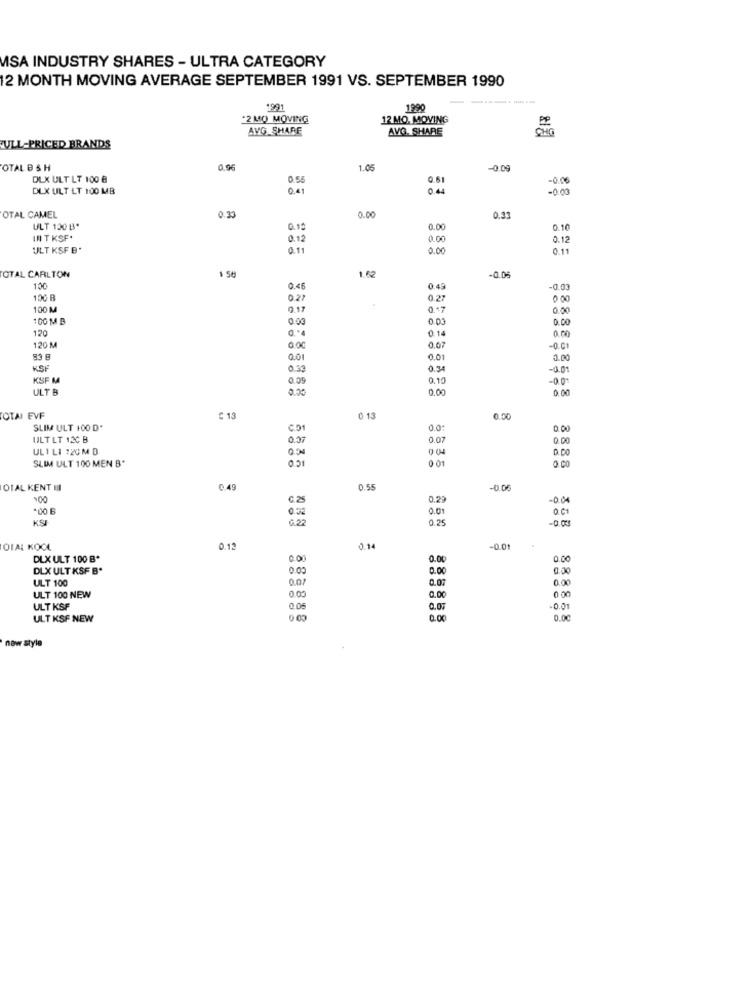
MISA INDUSTRY SHARES - ULTRA CATEGORY
12 MONTH MOVING AVERAGE SEPTEMBER 1991 VS. SEPTEMBER 1990
1991
1990
"2 MO MOVING
12 MO. MOVING
AVG SHARE
AVG. SHARE
ULL-PRICED BRANDS
OTAL B & H
0.96
1.05
0.09
DLX ULT LT 100 €
0.51
-0.00
DLX ULT LT 100 MB
0.41
-0.00
2.33
OTAL CAMEL
0.00
0,33
ULT 130 B*
0.1ª
0.00
0.10
IN T KSF.
0.12
0.00
0.12
ULT KSF B.
0.11
0.00
0.11
OTAL CARLTON
1 50
1.62
-0.05
100
0.45
0.49
-0.03
100 B
0.27
0.27
000
100 M
0.17
0.17
0.00
100 M B
0.00
0.03
0.00
120
0.14
0.00
120 M
0.00
0,07
-0.01
0.01
0.01
0.00
KSF
0.33
0.34
-0.01
KSF M
0.09
0.10
-0.01
ULT B
0.00
0.00
0.00
OTAI EVF
€ 13
0 13
0.00
SLIM ULT 100 D'
0.0:
0.00
ULTLT 120 B
0.37
0.07
0.00
UL 1 L1 220 M D
004
0 04
0.00
SLIM ULT 100 MEN B'
0 01
0.51
O.CO
OTAL KENT III
0.49
0.55
-000
G.25
0.25
-0.04
0.Č1
KSI
0 32
6. 22
0.25
OTAL KOCA
0.12
0.14
-0.01
DLX ULT 100 B*
0.00
0.00
0.00
DLX ULT KSF B*
0.00
0.00
ULT 100
0.07
0.07
0.00
0.0.
ULT 100 NEW
0.00
ULT KSF
0.06
0.0%
-0.01
ULT KSF NEW
0.00
0.00
0.00
new style